Indian Civil Veterinary Department memoirs
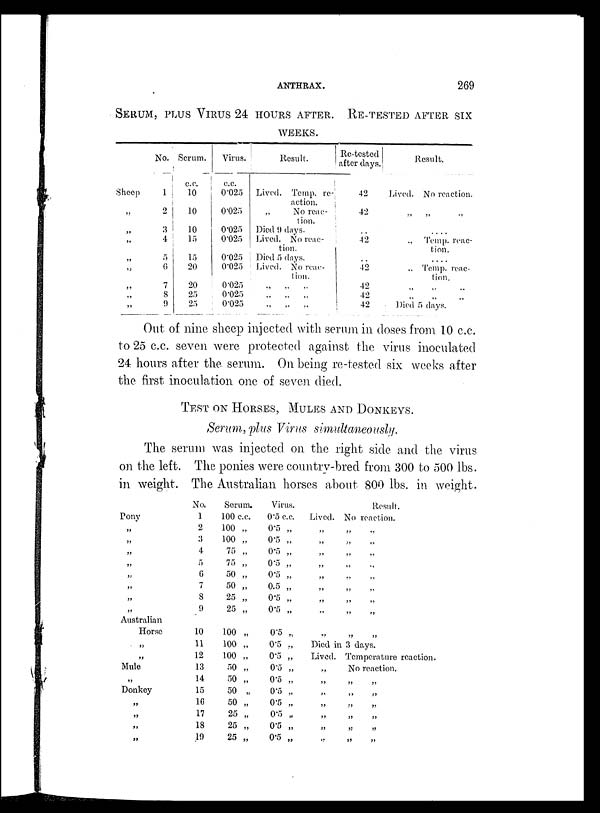
ANTHRAX.
269
SERUM, PLUS VIRUS 24 HOURS AFTER. RE-TESTED
WEEKS.
Sheep
„
„
„
„
„
„
„
„
No.
1
2
3
4
5
6
7
8
9
Serum.
c. c.
10
10
10
15
15
20
20
25
25
Virus.
c.c.
0.025
0.025
0.025
0.025
0.025
0.025
0.025
0.025
0.025
Result.
Lived. Temp. re-
action.
„
No reac-
tion.
Died 9 days.
Lived. No reac-
tion.
Died 5 days.
Lived. No reac-
tion.
„ „ „
„ „ „
„ „ „
Re-tested
after days.
42
42
42
42
42
42
42
Result.
Lived. No reaction.
„ „ „
.....
„ Temp. reac-
tion.
„ Temp. reac-
tion.
„ „
„ „
Died 5 days.
Out of nine sheep injected with serum in closes from 10 c.c.
to 25 c.c. seven were protected against the virus inoculated
24 hours after the serum. On being re-tested six weeks after
the first inoculation one of seven died.
TEST ON HORSES, MULES AND DONKEYS.
Serum, plus Virus simultaneously.
The serum was injected on the right side and the virus
on the left. The ponies were country-bred from 300 to 500 lbs.
in weight. The Australian horses about 800 lbs. in weight.
Pony
„
„
„
„
„
„
„
„
Australian
Horse
„
„
Mule
„
Donkey
„
„
„
„
No.
1
2
3
4
5
6
7
8
9
10
11
12
13
14
15
16
17
18
19
Serum.
100 c.c.
100 „
100 „
75 „
75 „
50 „
50 „
25 „
25 „
100 „
100 „
100 „
50 „
50 „
50 „
50 „
25 „
25 „
25 „
Virus.
0.5 c.c.
0.5 „
0.5 „
0.5 „
0.5 „
0.5 „
0.5 „
0.5 „
0.5 „
0.5 „
0.5 „
0.5 „
0.5 „
0.5 „
0.5 „
0.5 „
0.5 „
0.5 „
0.5 „
Lived.
„
„
„
„
„
„
„
„
„
Result.
No reaction.
„ „
„ „
„ „
„ „
„ „
„ „
„ „
„ „
„ „
Died in 3 days.
Lived.
„
„
„
„
„
„
„
Temperature reaction.
No reaction.
„ „
„ „
„ „
„ „
„ „
„ „